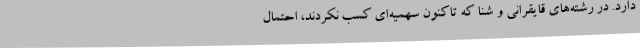
دارد. در رشته‌های قایقرانی و شنا که تاکنون سهمیه‌ای کسب نکردند، احتمال